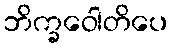
ဘိက္ခဝေါတိပေ